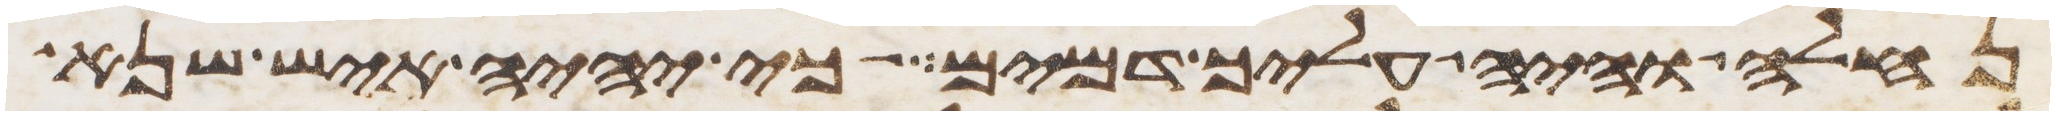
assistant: נחלה והיה עליך דמים כי יהיה איש שנא